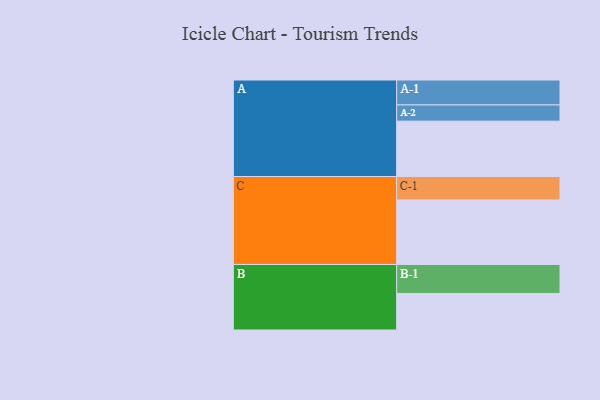
{"axis": {"x": "Segment", "y": "Value"}, "legend": ["", "A", "B", "C"], "data": [{"x": "A", "y": 495, "type": ""}, {"x": "B", "y": 327, "type": ""}, {"x": "C", "y": 577, "type": ""}, {"x": "A-1", "y": 223, "type": "A"}, {"x": "A-2", "y": 145, "type": "A"}, {"x": "B-1", "y": 259, "type": "B"}, {"x": "C-1", "y": 210, "type": "C"}]}